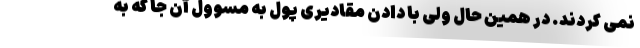
نمی کردند. در همین حال ولی با دادن مقادیری پول به مسوول آن جا که به